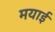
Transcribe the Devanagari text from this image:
मयाई